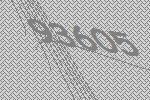
93605